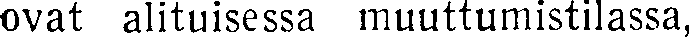
ovat alituisessa muuttumistilassa,